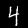
Label: 4